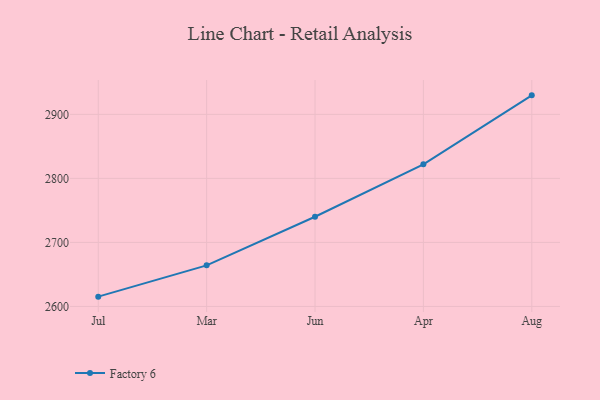
{"axis": {"x": "Month", "y": "Operating Costs (USD K)"}, "legend": ["Factory 6"], "data": [{"x": "Jul", "y": 2615.3, "type": "Factory 6"}, {"x": "Mar", "y": 2664.2, "type": "Factory 6"}, {"x": "Jun", "y": 2740.1, "type": "Factory 6"}, {"x": "Apr", "y": 2822.0, "type": "Factory 6"}, {"x": "Aug", "y": 2929.7, "type": "Factory 6"}]}